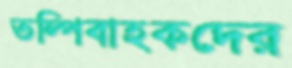
তল্পিবাহকদের